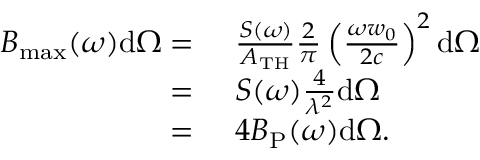
\begin{array} { r l } { B _ { \mathrm { m a x } } ( \omega ) \mathrm { d } \Omega = } & { { } \, \, \frac { S ( \omega ) } { A _ { \mathrm { T H } } } \frac { 2 } { \pi } \left( \frac { \omega w _ { 0 } } { 2 c } \right) ^ { 2 } \mathrm { d } \Omega } \\ { = } & { { } \, \, S ( \omega ) \frac { 4 } { \lambda ^ { 2 } } \mathrm { d } \Omega } \\ { = } & { { } \, \, 4 B _ { \mathrm { P } } ( \omega ) \mathrm { d } \Omega . } \end{array}